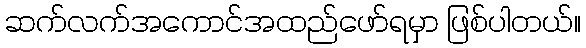
ဆက်လက်အကောင်အထည်ဖော်ရမှာ ဖြစ်ပါတယ်။